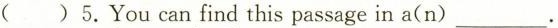
( )5.You can find this passage in a(n) ___.